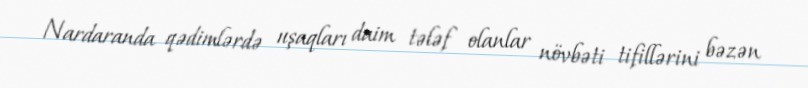
Nardaranda qədimlərdə uşaqları daim tələf olanlar növbəti tifillərini bəzən